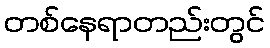
တစ်နေရာတည်းတွင်